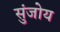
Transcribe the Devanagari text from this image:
सुंजोय